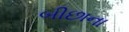
બીછાના